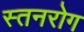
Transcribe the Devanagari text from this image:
स्तनरोग